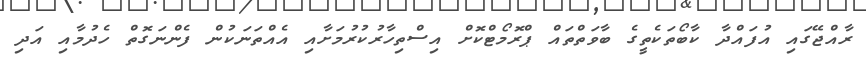
ރާއްޖޭގައި އުފައްދާ ކާބޯތަކެތީގެ ބާވަތްތައް ޕްރޮމޯޓްކޮށް އިސްތިހާރުކުރުމަށާއި އެއްތަނަކުން ފެންނަގޮތް ހެދުމާއި އަދި